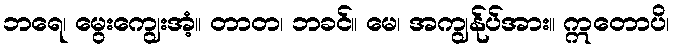
ဘရေ၊ မွေးကျွေးအံ့။ တာတ၊ ဘခင်။ မေ၊ အကျွန်ုပ်အား။ ဣတောပိ၊